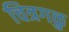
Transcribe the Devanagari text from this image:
चित्रगळु